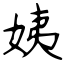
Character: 姨